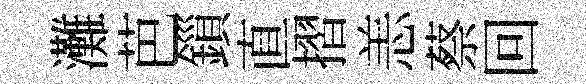
灘芭鎻直摺恙蔡回